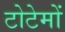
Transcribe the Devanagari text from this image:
टोटेमों